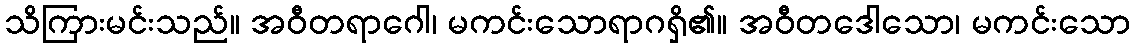
သိကြားမင်းသည်။ အဝီတရာဂေါ၊ မကင်းသောရာဂရှိ၏။ အဝီတဒေါသော၊ မကင်းသော